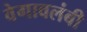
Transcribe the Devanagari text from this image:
वेगावलंबी